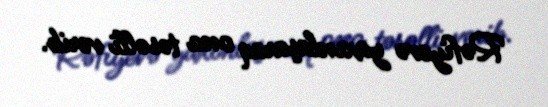
Rəfiyevə yaxınlaşaraq ona təsəlli verib.